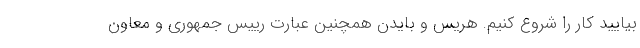
بیایید کار را شروع کنیم. هریس و بایدن همچنین عبارت رییس جمهوری و معاون